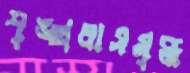
শৃঙ্খলাসমৃদ্ধ